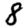
Digit: 8